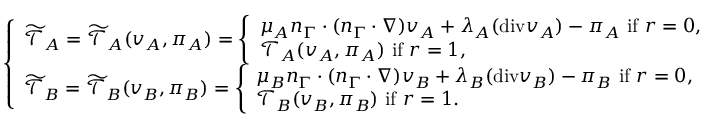
\left\{ \begin{array} { l l } { \widetilde { \mathcal { T } } _ { A } = \widetilde { \mathcal { T } } _ { A } ( v _ { A } , \pi _ { A } ) = \left\{ \begin{array} { l l } { \mu _ { A } n _ { \Gamma } \cdot ( n _ { \Gamma } \cdot \nabla ) v _ { A } + \lambda _ { A } ( \mathrm { { d i v } } v _ { A } ) - \pi _ { A } \mathrm { ~ i f ~ } r = 0 , } \\ { \mathcal { T } _ { A } ( v _ { A } , \pi _ { A } ) \mathrm { ~ i f ~ } r = 1 , } \end{array} \right. } \\ { \widetilde { \mathcal { T } } _ { B } = \widetilde { \mathcal { T } } _ { B } ( v _ { B } , \pi _ { B } ) = \left\{ \begin{array} { l l } { \mu _ { B } n _ { \Gamma } \cdot ( n _ { \Gamma } \cdot \nabla ) v _ { B } + \lambda _ { B } ( { \mathrm { d i v } } v _ { B } ) - \pi _ { B } \mathrm { ~ i f ~ } r = 0 , } \\ { \mathcal { T } _ { B } ( v _ { B } , \pi _ { B } ) \mathrm { ~ i f ~ } r = 1 . } \end{array} \right. } \end{array} \right.